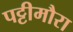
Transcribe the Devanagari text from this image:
पट्टीमौरा